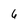
Character: 6